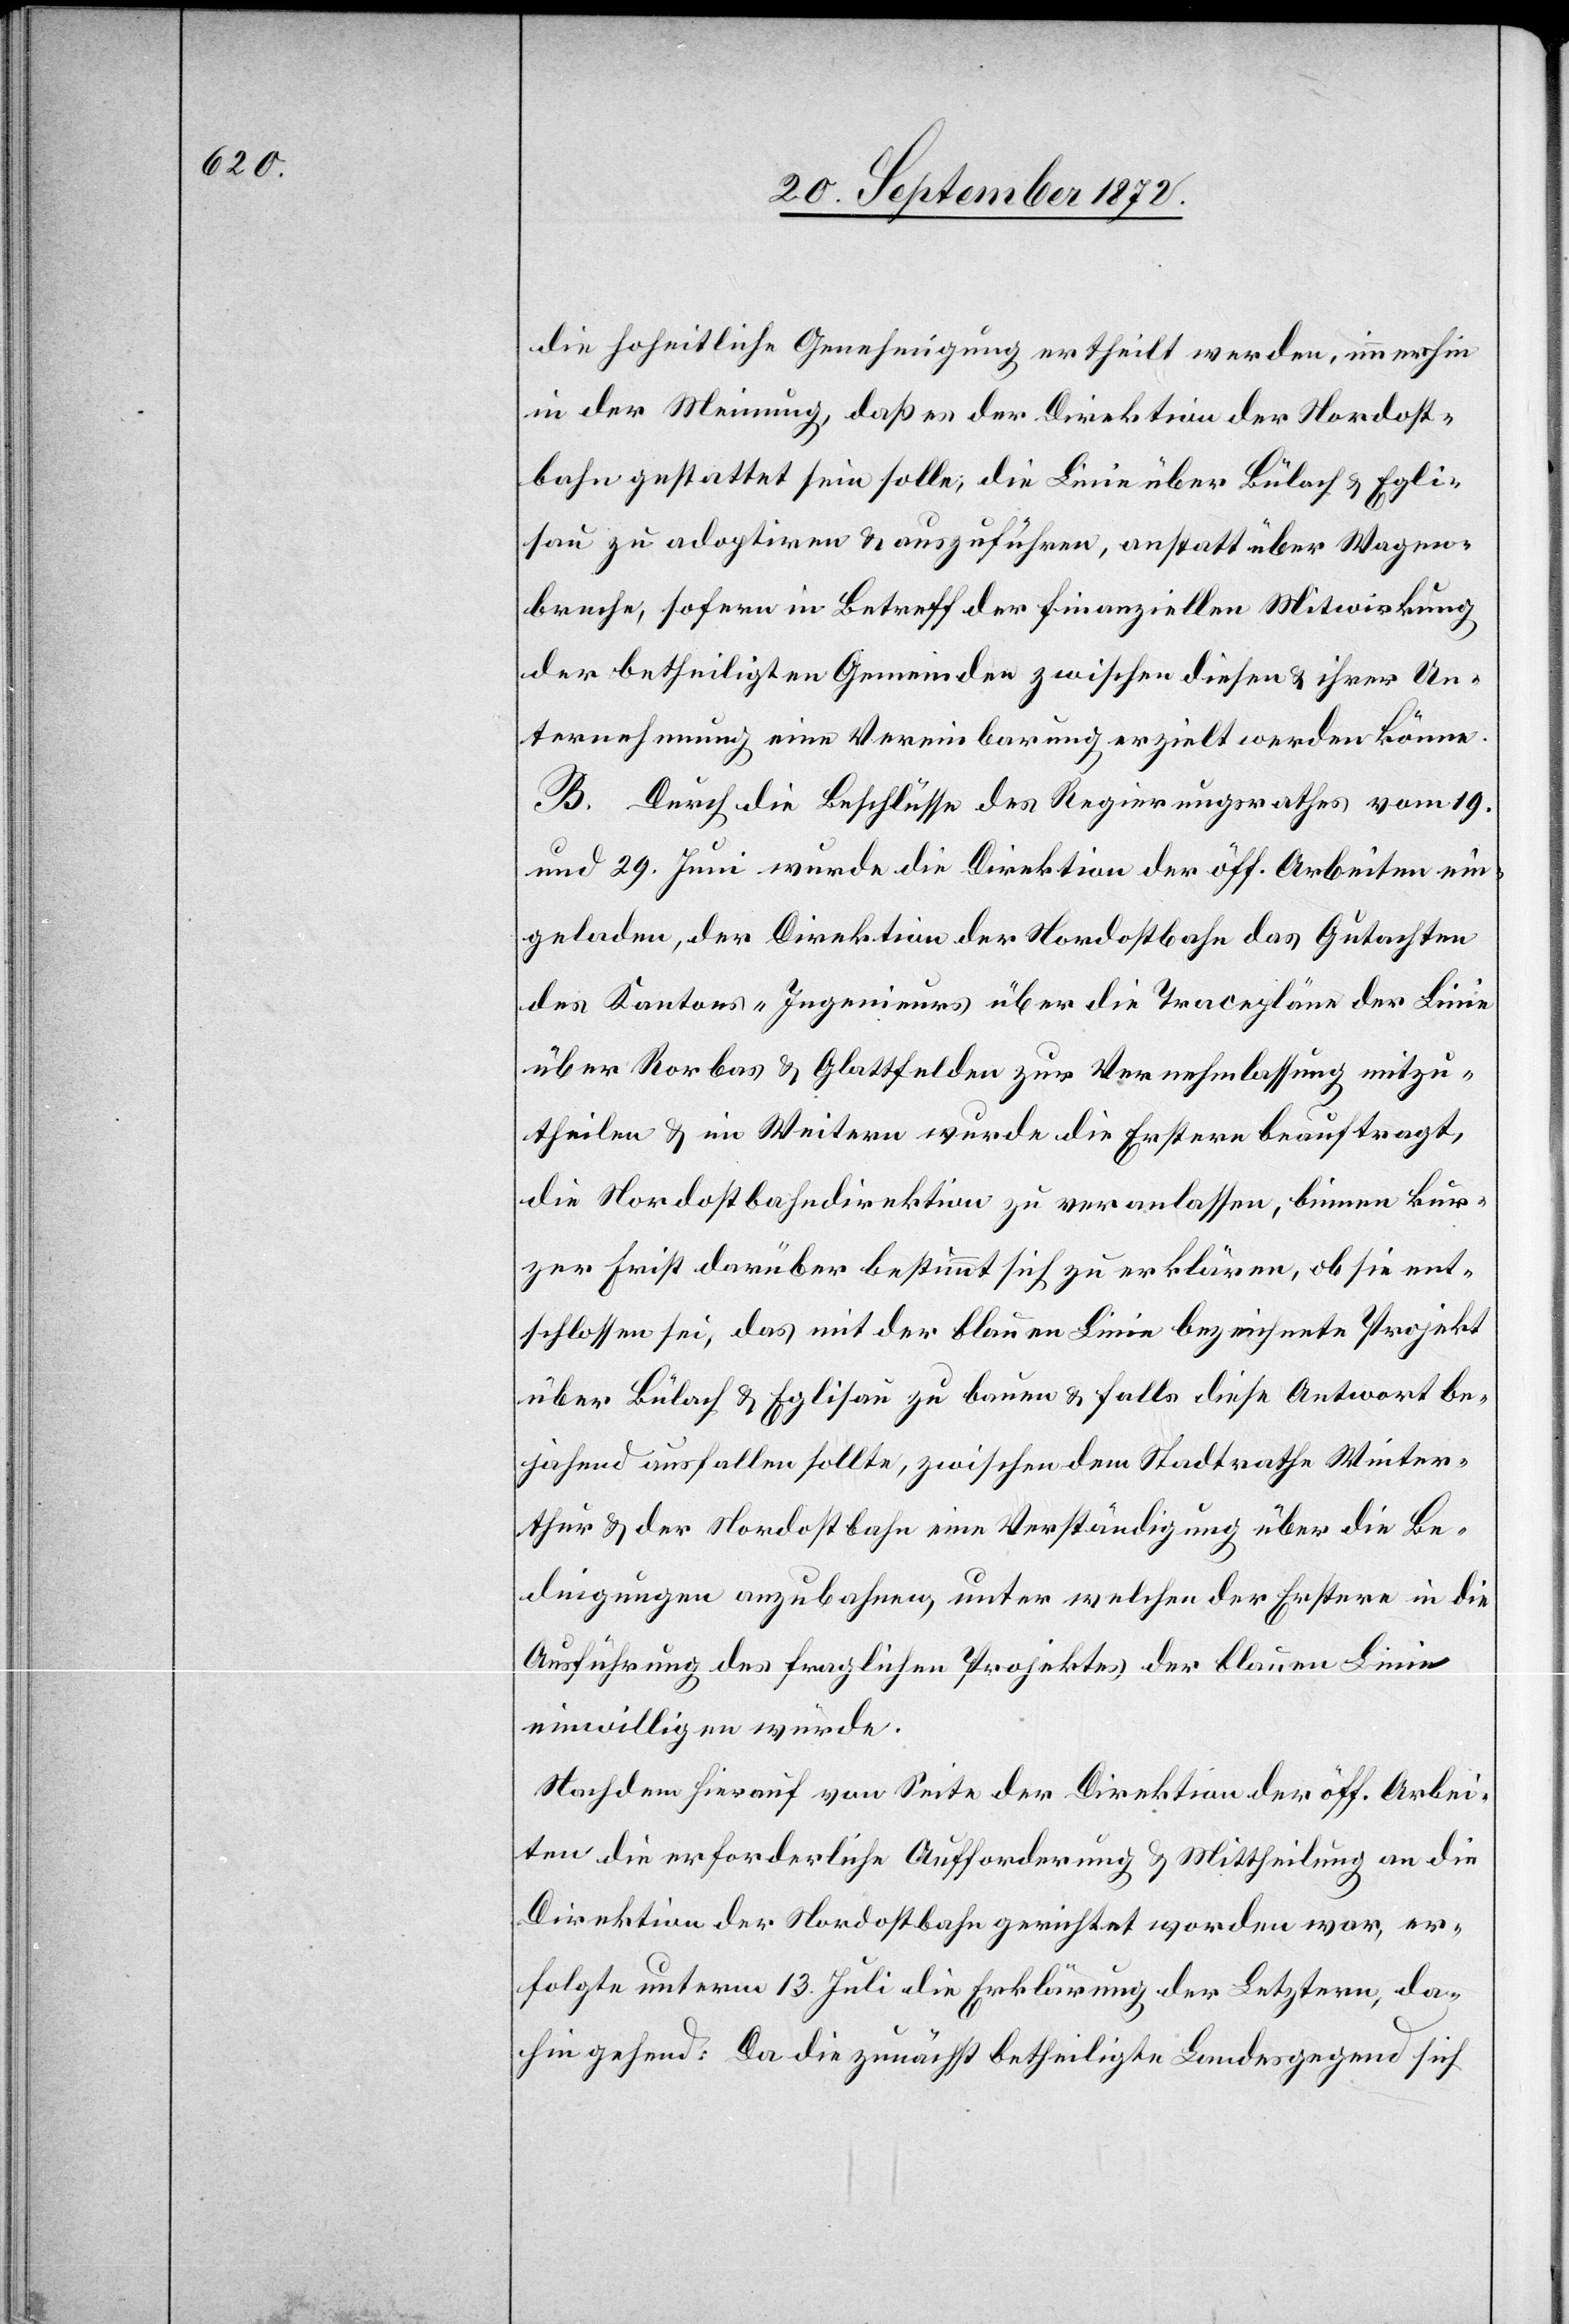
die hoheitliche Genehmigung ertheilt werden, immerhin
in der Meinung, daß es der Direktion der Nordost¬
bahn gestattet sein solle; die Linie über Bülach u. Egli¬
sau zu adoptiren u. auszuführen, anstatt über Wagen¬
breche, sofern in Betreff der finanziellen Mitwirkung
der betheiligten Gemeinden zwischen dieser u. ihrer Un¬
ternehmung eine Vereinbarung erzielt werden könne.
B. Durch die Beschlüsse des Regierungsrathes vom 19.
und 29. Juni wurde die Direktion der öff. Arbeiten ein¬
geladen, der Direktion der Nordostbahn das Gutachten
des Kantons „Ingenieurs über die Tracepläne der Linie
über Rorbas u. Glattfelden zur Vernehmlassung mitzu¬
theilen u. im Weitern wurde die Erstere beauftragt,
die Nordostbahndirektion zu veranlassen, binnen kur¬
zer Frist darüber bestimmt sich zu erklären, ob sie ent¬
schlossen sei, das mit der blauen Linie bezeichnete Projekt
über Bülach u. Eglisau zu bauen u. falls diese Antwort be¬
jahend ausfallen sollte, zwischen dem Stadtrathe Winter¬
thur u. der Nordostbahn eine Verständigung über die Be¬
dingungen anzubahnen, unter welchen der Erstere in die
Ausführung des fraglichen Projektes der blauen Linie
einwilligen würde.
Nachdem hierauf von Seite der Direktion der öff. Arbei¬
ten die erforderliche Aufforderung u. Mittheilung an die
Direktion der Nordostbahn gerichtet worden war, er¬
folgte unterm 13. Juli die Erklärung der Letztern, da¬
hingehend: Da die zunächst betheiligte Landesgegend sich